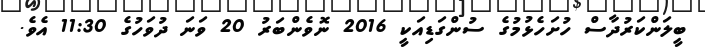
ބީލަންކަރުދާސް ހުށަހެޅުމުގެ ސުންގަޑިއަކީ 2016 ނޮވެންބަރު 20 ވަނަ ދުވަހުގެ 11:30 އެވެ.